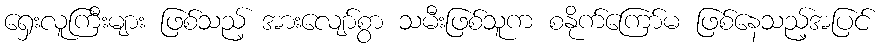
ရှေးလူကြီးများ ဖြစ်သည့် အားလျော်စွာ သမီးဖြစ်သူက စနိုက်ကြော်မ ဖြစ်နေသည့်အပြင်